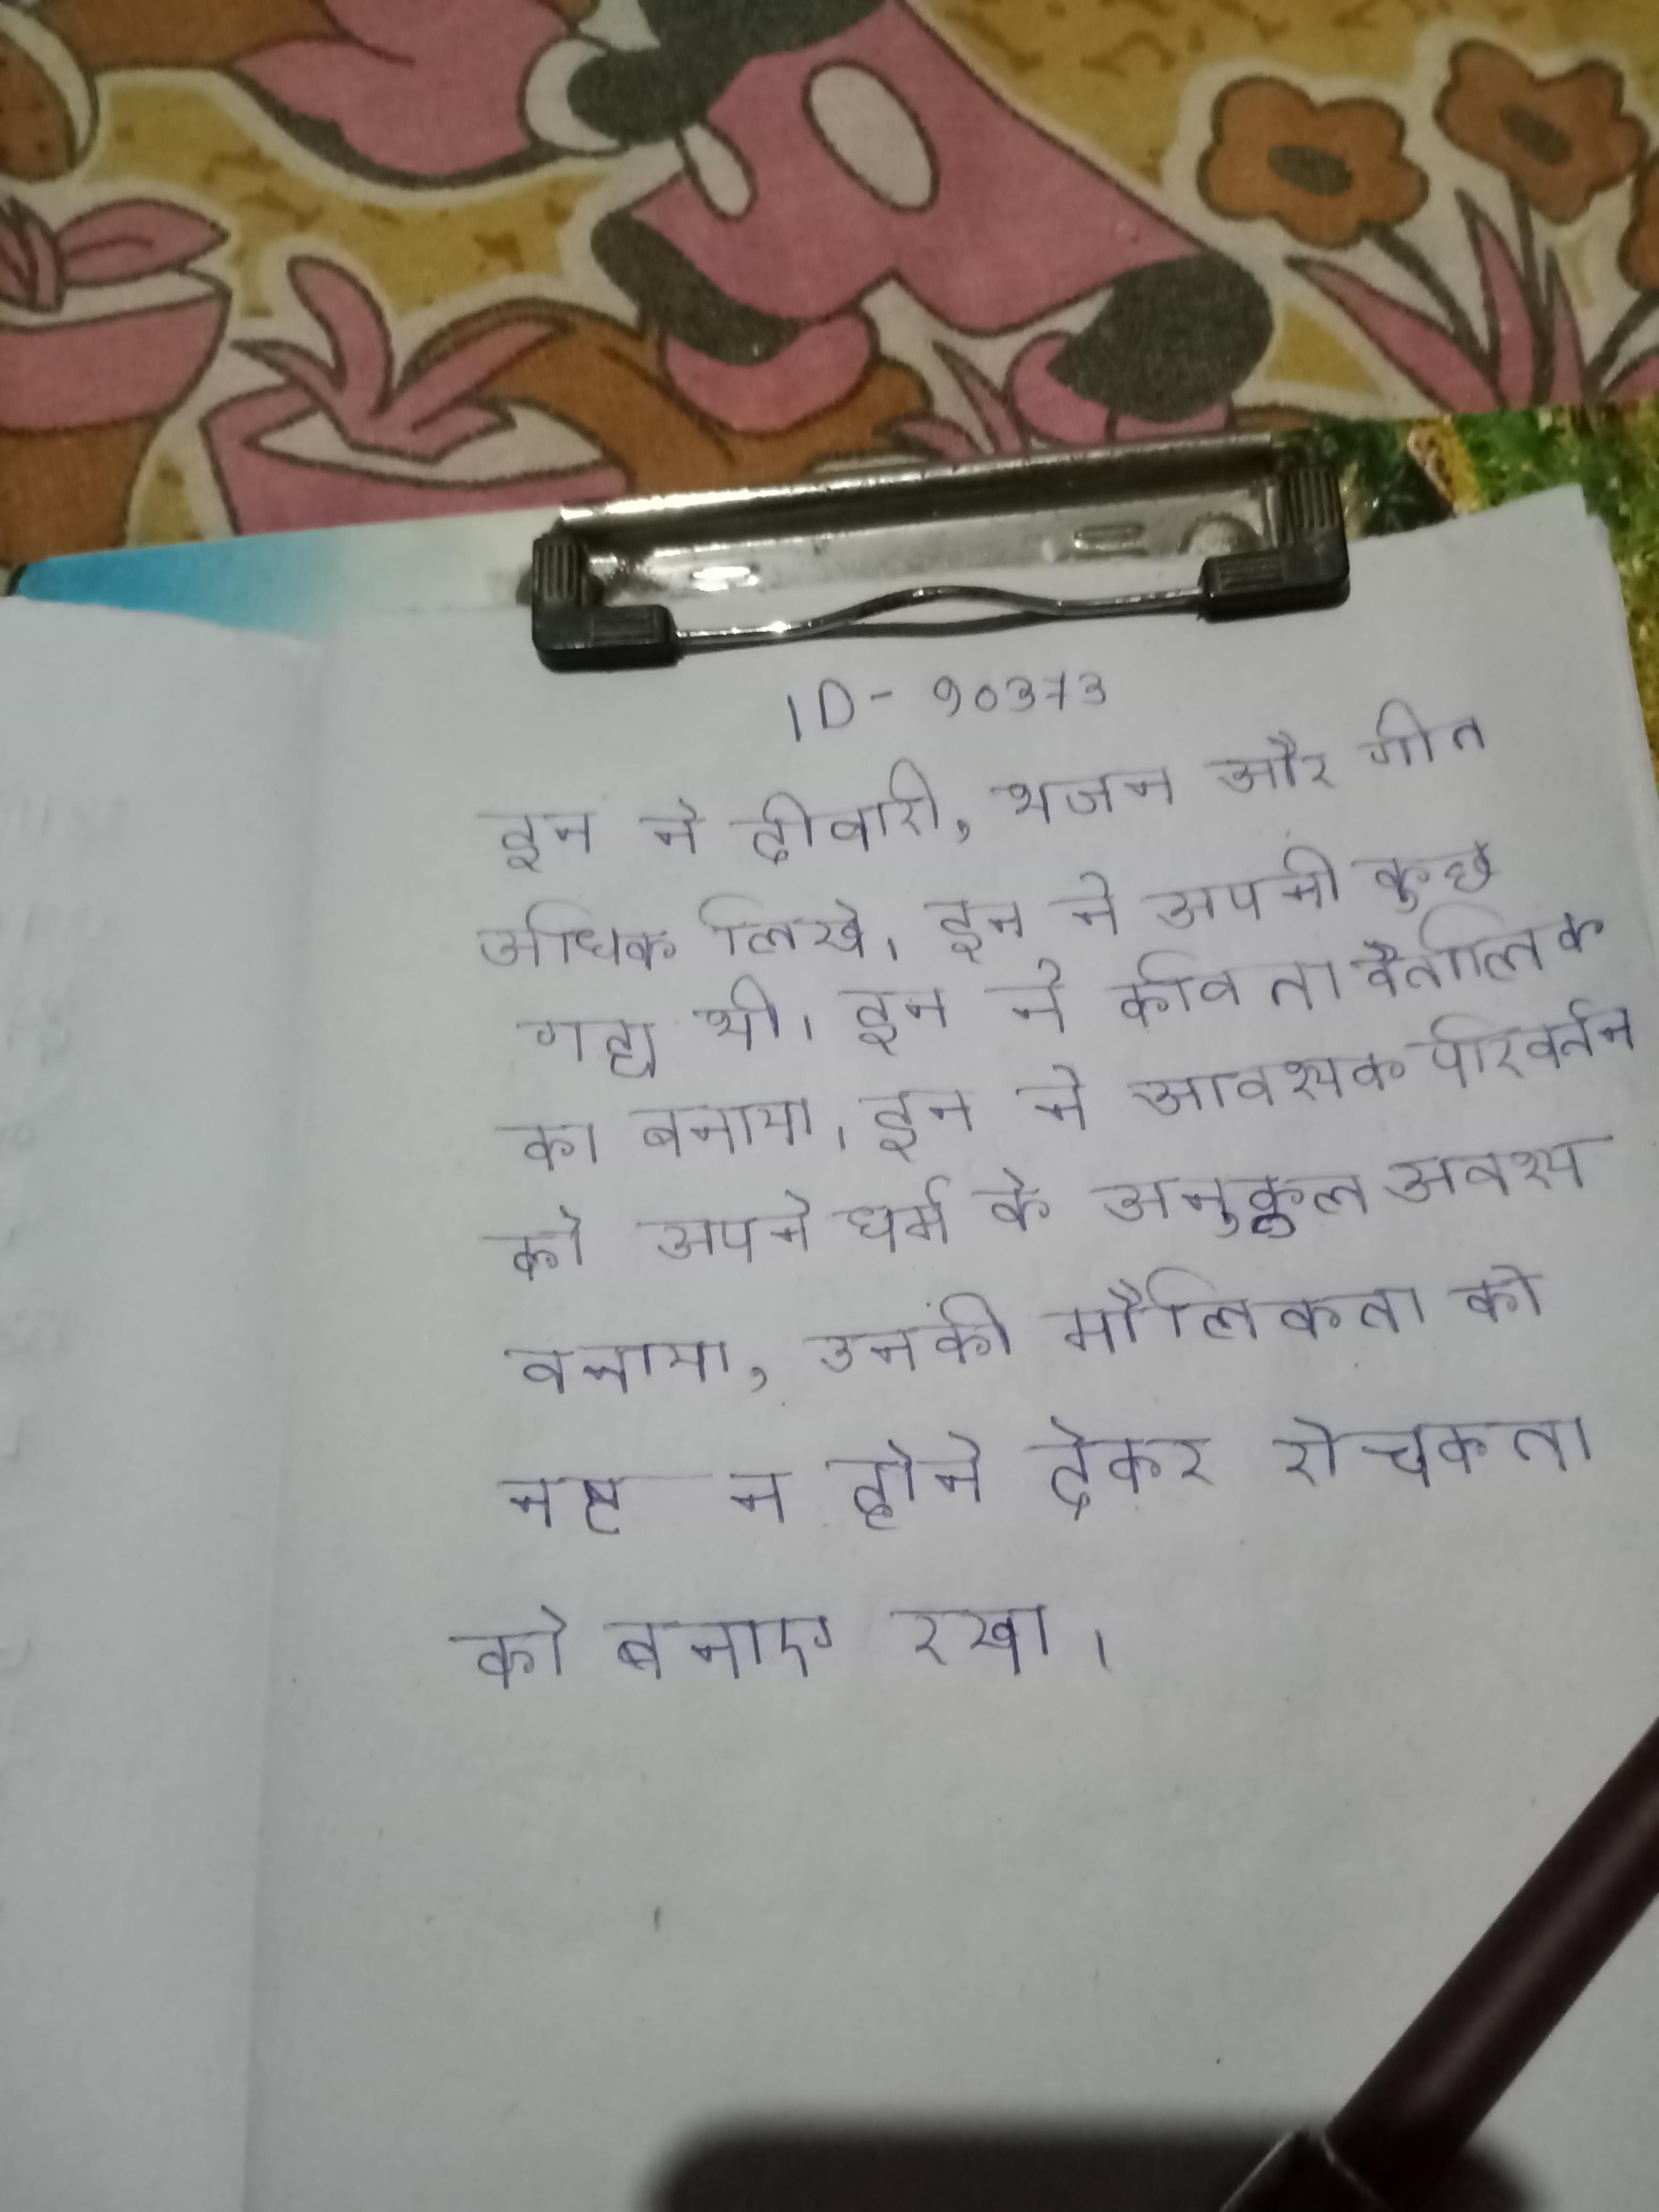
इन ने दीवारी, भजन और गीत अधिक लिखे । इन ने अपनी कुछ गद्य भी । इन ने कविता वैतालिक का बनाया । इन ने आवश्यक परिवर्तन के साथ पौराणिक को अपने धर्म के अनुकूल अवश्य बनाया, उनकी मौलिकता को नष्ट न होने देकर रोचकता को बनाए रखा ।